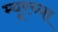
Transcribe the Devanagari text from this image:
म्यूरच्या